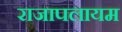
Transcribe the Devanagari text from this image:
राजापलायम